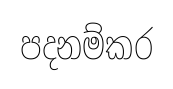
පදනම්කර